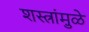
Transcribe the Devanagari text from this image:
शस्त्रांमु़ळे